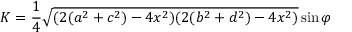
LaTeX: K = { \frac { 1 } { 4 } } { \sqrt { ( 2 ( a ^ { 2 } + c ^ { 2 } ) - 4 x ^ { 2 } ) ( 2 ( b ^ { 2 } + d ^ { 2 } ) - 4 x ^ { 2 } ) } } \sin { \varphi }